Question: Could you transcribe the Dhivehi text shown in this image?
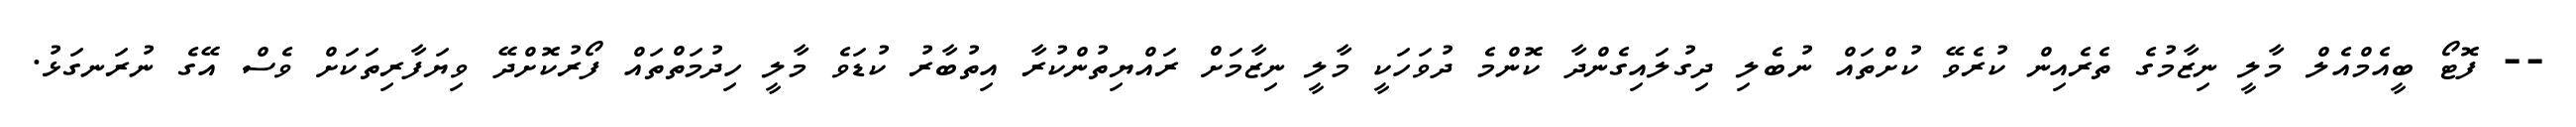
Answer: -- ފޮޓޯ ބީއެމްއެލް މާލީ ނިޒާމުގެ ތެރެއިން ކުރެވޭ ކުށްތައް ނުބެލި ދިގުލައިގެންދާ ކޮންމެ ދުވަހަކީ މާލީ ނިޒާމަށް ރައްޔިތުންކުރާ އިތުބާރު ކުޑަވެ މާލީ ހިދުމަތްތައް ފޯރުކޮށްދޭ ވިޔަފާރިތަކަށް ވެސް އޭގެ ނުރަނގަޅު.